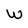
Character: W